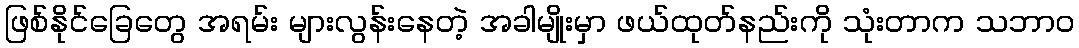
ဖြစ်နိုင်ခြေတွေ အရမ်း များလွန်းနေတဲ့ အခါမျိုးမှာ ဖယ်ထုတ်နည်းကို သုံးတာက သဘာဝ